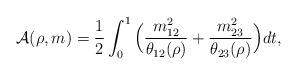
LaTeX: \begin{align*}\mathcal A(\rho,m)=\frac 12\int_0^1\Big(\frac {m_{12}^2}{\theta_{12}(\rho)}+\frac {m_{23}^2}{\theta_{23}(\rho)}\Big)dt,\end{align*}